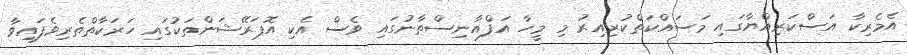
އެމެރިކާ އަސްކަރިއްޔާގައި މަސައްކަތްކުރިއިރު މި މީހާ އަފްޣާނިސްތާނުގައި ވެސް އެކި އޮޕަރޭޝަންތަކުގައި ހަރަކާތްތެރިވެފައިވާ